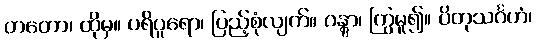
တတော၊ ထိုမှ။ ပရိပူရော၊ ပြည့်စုံလျက်။ ဂန္တွာ၊ ကြွမူ၍။ ပိတုသင်္ဂဟံ၊